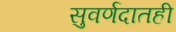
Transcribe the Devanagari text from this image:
सुवर्णदातही